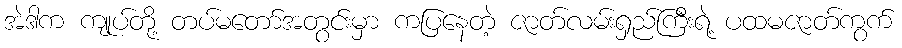
အဲဒါက ကျုပ်တို့ တပ်မတော်အတွင်းမှာ ကပြနေတဲ့ ဇာတ်လမ်းရှည်ကြီးရဲ့ ပထမဇာတ်ကွက်